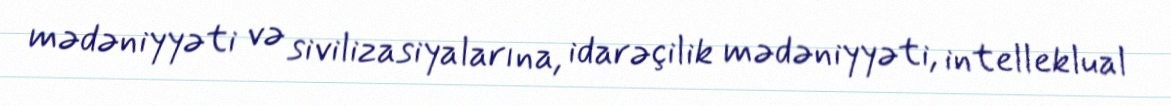
mədəniyyəti və sivilizasiyalarına, idarəçilik mədəniyyəti, intelleklual